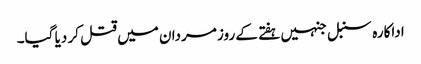
اداکارہ سنبل جنہیں ہفتے کے روز مردان میں قتل کر دیا گیا۔